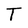
Character: T